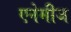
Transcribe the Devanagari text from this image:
एनेमीज